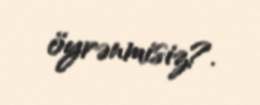
öyrənmisiz?.